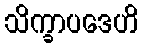
သိက္ခာပဒေဟိ